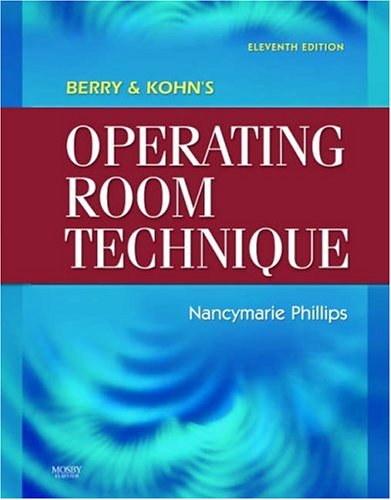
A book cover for Berry & Kohn's Operating Room Technique, 11e; Nancymarie Phillips RN  PhD  RNFA  CNOR; Medical Books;